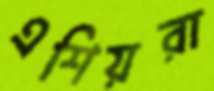
এশিয়রা